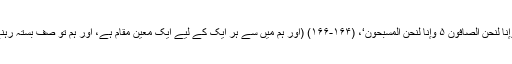
ان کا ارشاد نقل ہوا ہے: ’وَمَا مِنَّا إِلَّا لَہُ مَقَامٌ مَّعْلُومٌ ۵ وَإِنَّا لَنَحْنُ الصَّافُّونَ ۵ وَإِنَّا لَنَحْنُ الْمُسَبِّحُونَ‘، (۱۶۴-۱۶۶) (اور ہم میں سے ہر ایک کے لیے ایک معین مقام ہے، اور ہم تو صف بستہ رہنے والے ہیں اور ہم تو تسبیح کرتے رہنے والے ہیں)۔